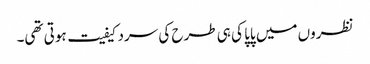
نظروں میں پاپا کی ہی طرح کی سردکیفیت ہوتی تھی۔